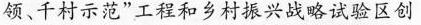
领、千村示范”工程和乡村振兴战略试验区创